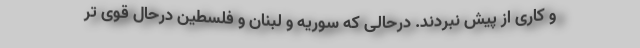
و کاری از پیش نبردند. درحالی که سوریه و لبنان و فلسطین درحال قوی تر